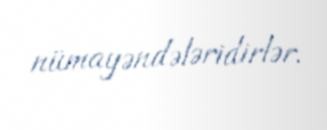
nümayəndələridirlər.